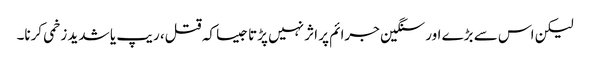
لیکن اس سے بڑے اور سنگین جرائم پر اثر نہیں پڑتا جیسا کہ قتل، ریپ یا شدید زخمی کرنا۔